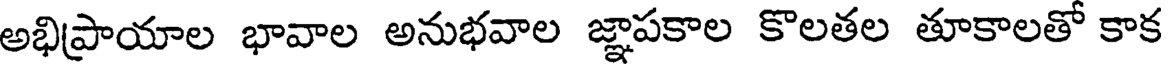
అభిప్రాయాల భావాల అనుభవాల జ్ఞాపకాల కొలతల తూకాలతో కాక